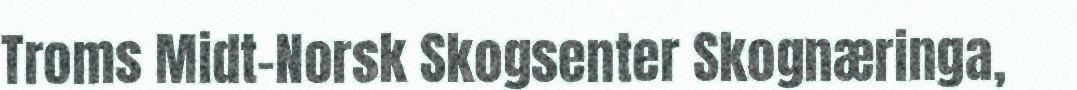
Troms Midt-Norsk Skogsenter Skognæringa,